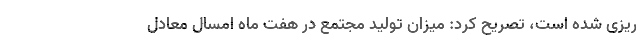
ریزی شده است، تصریح کرد: میزان تولید مجتمع در هفت ماه امسال معادل